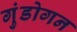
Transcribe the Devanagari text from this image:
गुंडोगन